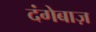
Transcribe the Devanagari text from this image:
दंगेबाज़